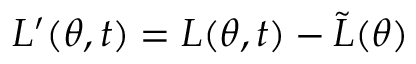
L ^ { \prime } ( \theta , t ) = L ( \theta , t ) - \widetilde { L } ( \theta )